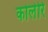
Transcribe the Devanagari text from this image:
कोलेरि